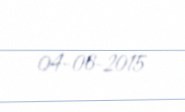
04-06-2015